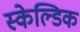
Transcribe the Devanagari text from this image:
स्केल्डिक